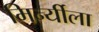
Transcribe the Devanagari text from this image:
मिर्न्यीला